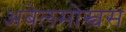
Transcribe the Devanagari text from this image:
अबेलमोस्चस